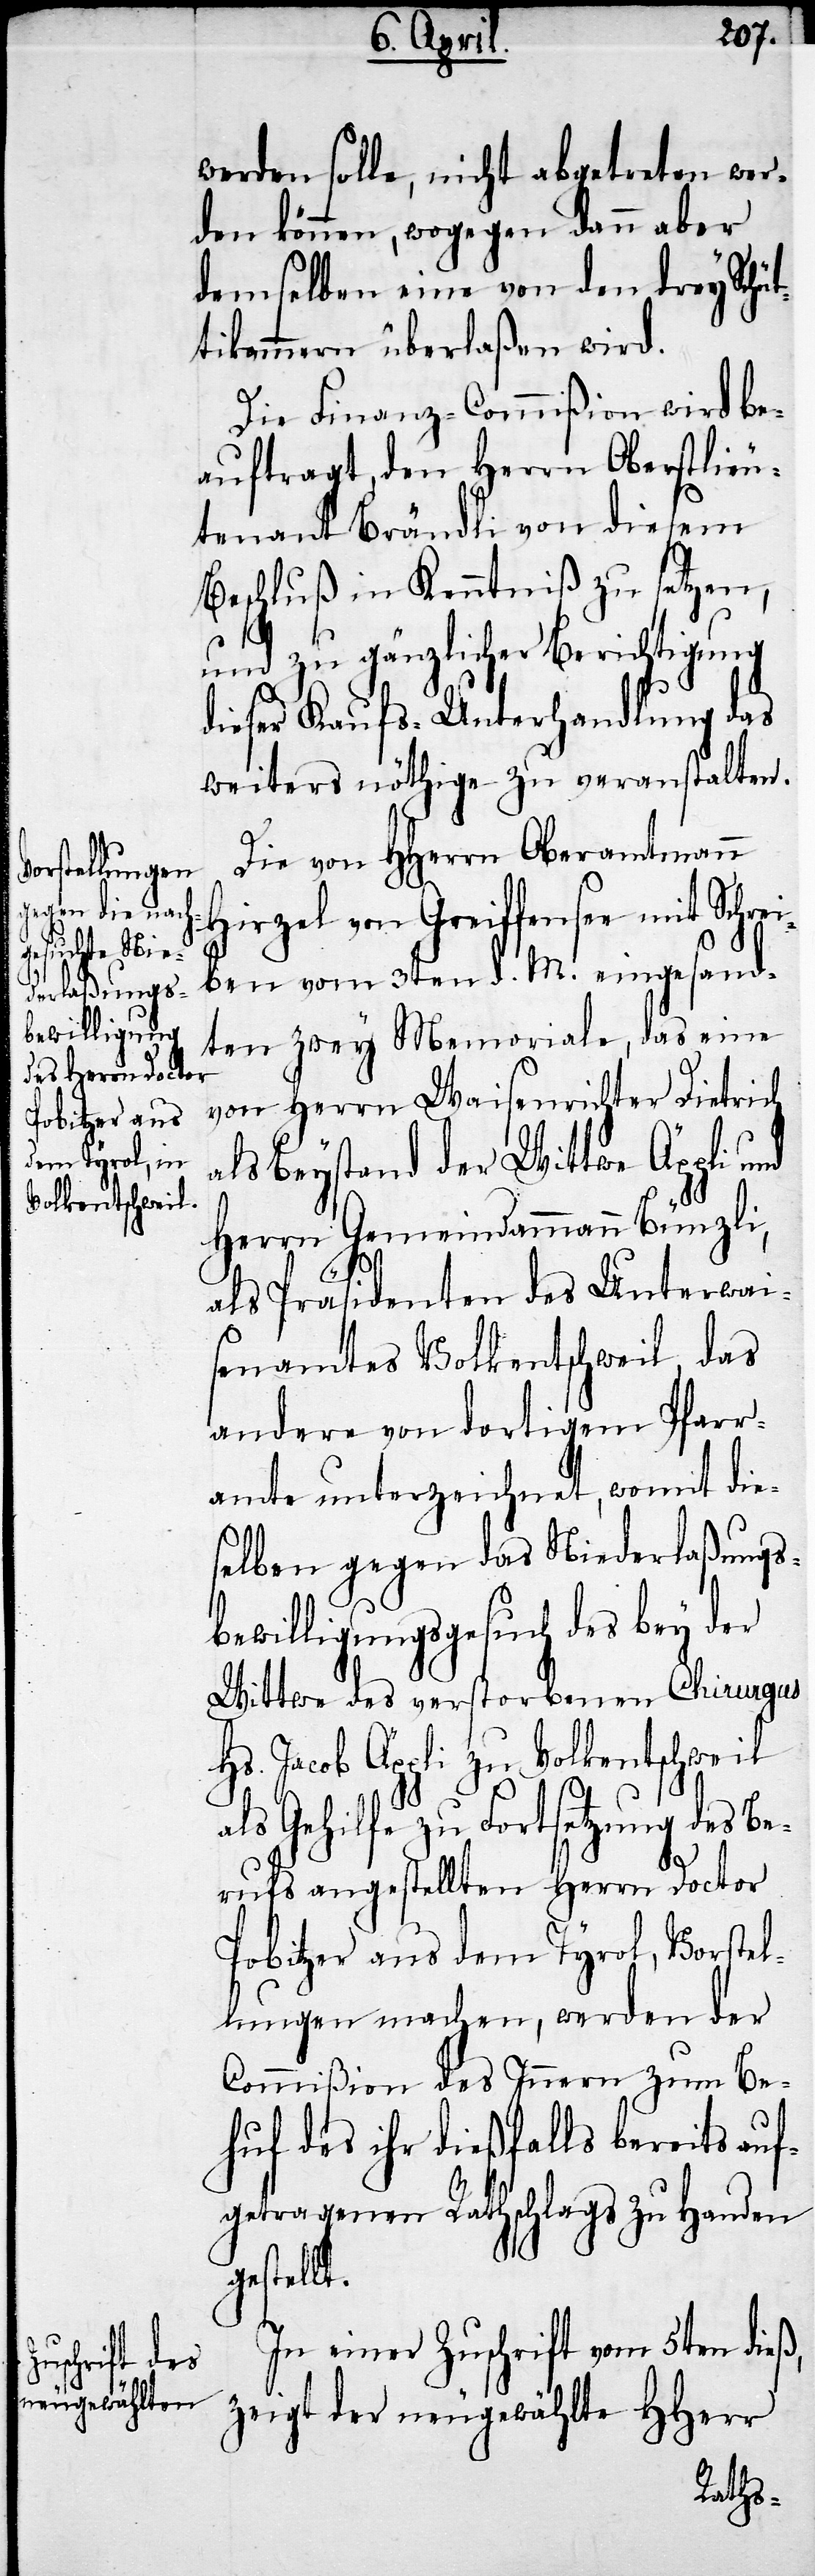
werden solle, nicht abgetreten wer¬
den können, wogegen dann aber
demselben eine von den drey Schüt¬
tikammern überlaßen wird.
Die Finanz-Commißion wird be¬
auftragt, den Herrn Obestlieu¬
tenant Brändli von diesem
Beschluß in Kenntniß zu setzen,
und zu gänzlicher Berichtigung
dieser Kaufs-Unterhandlung das
weiters nöthige zu veranstalten.
Die von HHerrn Oberamtmann
Hirzel von Greiffensee mit Schre¬
iben vom 3ten d. M. eingesand¬
ten zwey Memoriale, das eine
von Herrn Waisenrichter Dietrich
als Beystand der Wittwe Äppli und
Herrn Gemeindammann Bünzli,
als Präsidenten des Unterwai¬
senamtes Volkentschweil, das
andere von dortigem Pfarr¬
amte unterzeichnet, womit die¬
selben gegen das Niederlaßungs¬
bewilligungsgesuch des bey der
Wittwe des verstorbenen Chirurgus
Hs. Jacob Äppli zu Volkentschweil
als Gehilfe zu Fortsetzung des Be¬
rufs angestellten Herrn Doctor
Pobitzer aus dem Tyrol Vorstel¬
lungen machen, werden der
Commißion des Innern zum Be¬
huf des ihr dießfalls bereits auf¬
getragenen Rathschlags zu Handen
gestellt.
In einer Zuschrift vom 5ten dieß,
zeigt der neugewählte HHerr